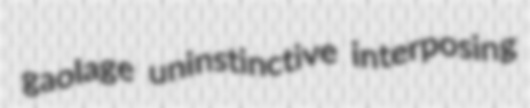
gaolage uninstinctive interposing